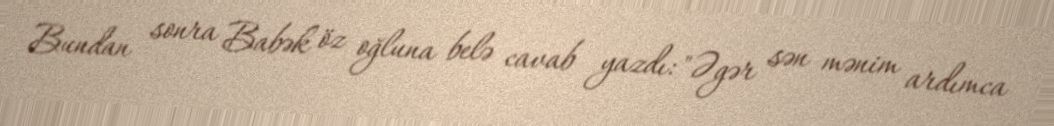
Bundan sonra Babək öz oğluna belə cavab yazdı: "Əgər sən mənim ardımca